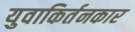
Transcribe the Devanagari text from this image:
युवाकिर्तनकार